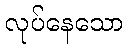
လုပ်နေသော